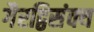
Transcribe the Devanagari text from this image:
गैरद्विसंक्य